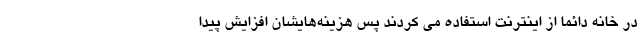
در خانه دائما از اینترنت استفاده می کردند پس هزینه‌هایشان افزایش پیدا